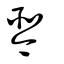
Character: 琴